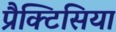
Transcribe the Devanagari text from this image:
प्रैक्टिसिया